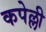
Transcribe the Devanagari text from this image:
कपेल्ली